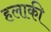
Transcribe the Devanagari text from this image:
हलाकी